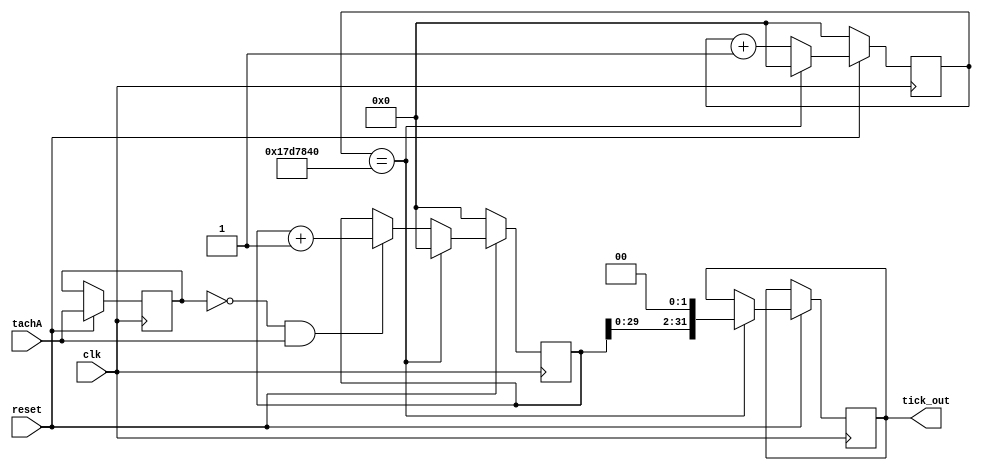
`timescale 1ns / 1ps
//////////////////////////////////////////////////////////////////////////////////
// Company: PSU ECE 544 Winter 2023
// 
// Module Name: ticks

// Revision 0.01 - File Created
// Additional Comments: counts ticks per 0.25s using 100 MHz AXI clock as input
// samples every 0.25s, multiplies by 4 to give approximation for ticks/second
//////////////////////////////////////////////////////////////////////////////////


module ticks
#(
    parameter MAX_COUNT = 25000000  // 0.25s
)
(
    input wire clk,
    input wire reset,
    input wire tachA,
    output reg [31:0] tick_out
);
    // internal variables
    reg [31:0] clk_count;
    reg [31:0] tick_count;  
    reg previous_tachA;  
    // determine how many ticks per second
    always @(posedge clk) begin
        if(~reset) begin
            clk_count <= 32'd0;
            tick_count <= 32'd0;
        end
        else begin
            clk_count <= clk_count + 1'b1;
            previous_tachA <= tachA;
            // if positive edge of tick, increment tick count
            if(previous_tachA == 0 && tachA == 1) begin
                tick_count <= tick_count + 1'b1;
            end
            if(clk_count == MAX_COUNT) begin
                tick_out <= (tick_count << 2);
                clk_count <= 32'd0;
                tick_count <= 32'd0;
            end
        end
    end
endmodule